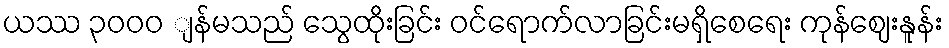
ယဿ ၃၀၀ဝ ျန်မသည် သွေထိုးခြင်း ဝင်ရောက်လာခြင်းမရှိစေရေး ကုန်ဈေးနူန်း